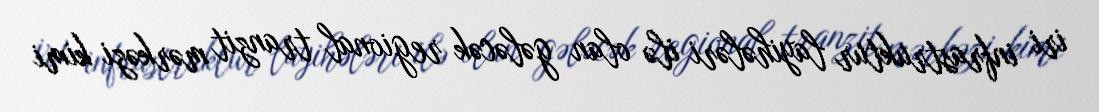
iri infrastruktur layihələri ilə olan gələcək regional tranzit mərkəzi kimi